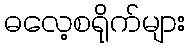
ဓလေ့စရိုက်များ